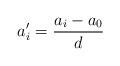
LaTeX: \begin{align*}a'_i = \frac{a_i-a_0}{d}\end{align*}